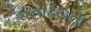
ધનાઢયતા